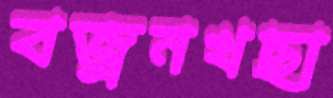
বজ্রনখছা